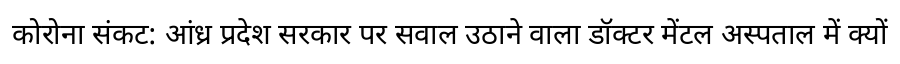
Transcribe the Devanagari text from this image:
कोरोना संकट: आंध्र प्रदेश सरकार पर सवाल उठाने वाला डॉक्टर मेंटल अस्पताल में क्यों